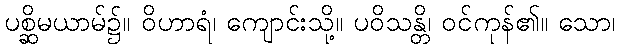
ပစ္ဆိမယာမ်၌။ ဝိဟာရံ၊ ကျောင်းသို့။ ပဝိသန္တိ၊ ဝင်ကုန်၏။ သော၊